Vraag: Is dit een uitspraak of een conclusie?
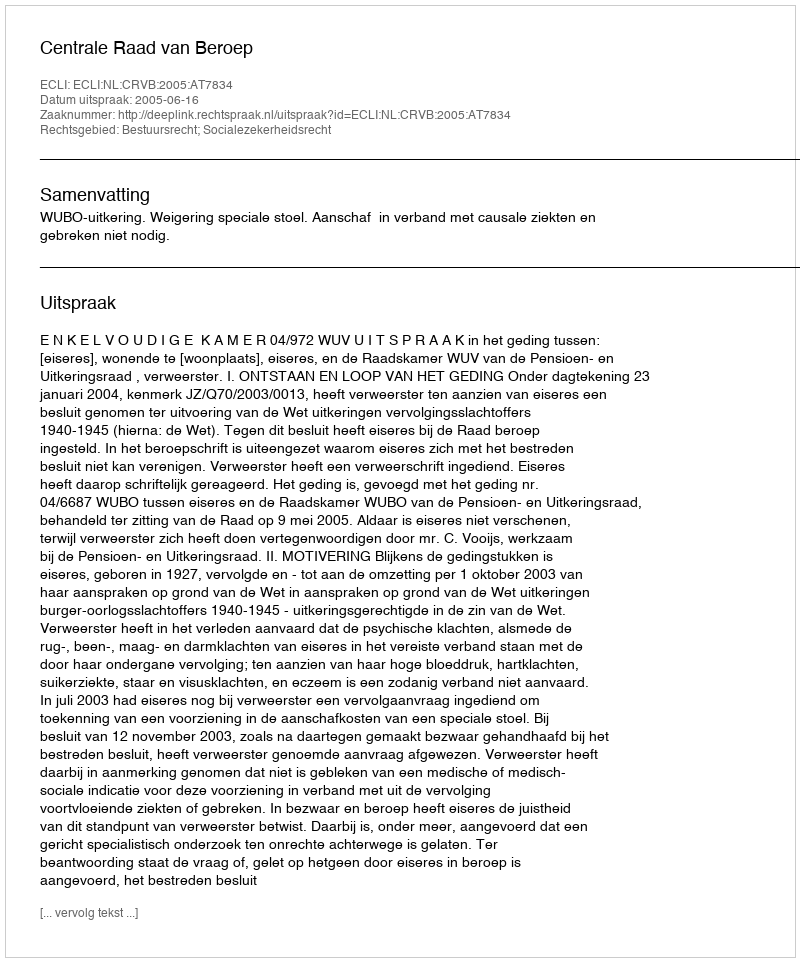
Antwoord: Uitspraak